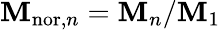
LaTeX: \mathbf{M}_{\mathrm{{nor}},n}=\mathbf{M}_{n}/\mathbf{M}_{1}